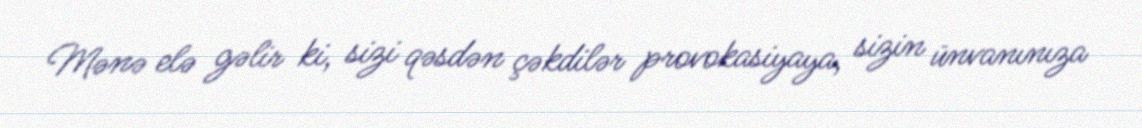
Mənə elə gəlir ki, sizi qəsdən çəkdilər provokasiyaya, sizin ünvanınıza